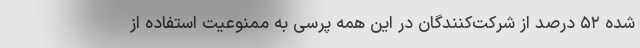
شده ۵۲ درصد از شرکت‌کنندگان در این همه پرسی به ممنوعیت استفاده از